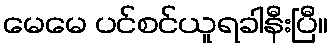
မေမေ ပင်စင်ယူရခါနီးပြီ။